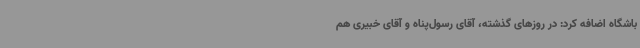
باشگاه اضافه کرد: در روزهای گذشته، آقای رسول‌پناه و آقای خبیری هم